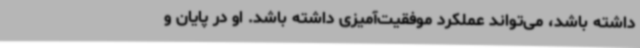
داشته باشد، می‌تواند عملکرد موفقیت‌آمیزی داشته باشد. او در پایان و